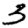
Digit: 3